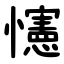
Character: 㦥